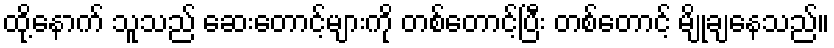
ထို့နောက် သူသည် ဆေးတောင့်များကို တစ်တောင့်ပြီး တစ်တောင့် မျိုချနေသည်။